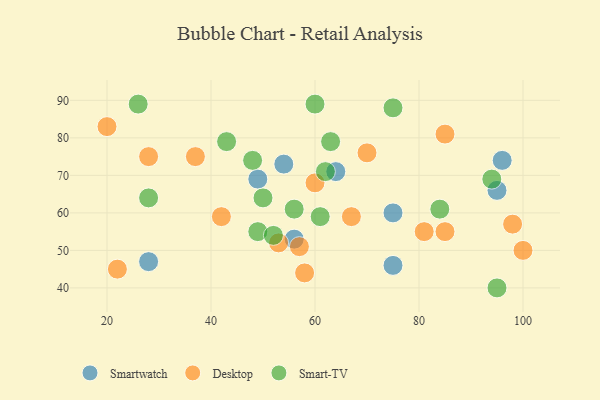
{"axis": {"x": "GDP", "y": "Life Expectancy"}, "legend": ["Desktop", "Smart-TV", "Smartwatch"], "data": [{"x": "64", "y": 71, "type": "Smartwatch"}, {"x": "49", "y": 69, "type": "Smartwatch"}, {"x": "28", "y": 47, "type": "Smartwatch"}, {"x": "95", "y": 66, "type": "Smartwatch"}, {"x": "56", "y": 53, "type": "Smartwatch"}, {"x": "96", "y": 74, "type": "Smartwatch"}, {"x": "75", "y": 46, "type": "Smartwatch"}, {"x": "54", "y": 73, "type": "Smartwatch"}, {"x": "75", "y": 60, "type": "Smartwatch"}, {"x": "22", "y": 45, "type": "Desktop"}, {"x": "37", "y": 75, "type": "Desktop"}, {"x": "60", "y": 68, "type": "Desktop"}, {"x": "53", "y": 52, "type": "Desktop"}, {"x": "100", "y": 50, "type": "Desktop"}, {"x": "85", "y": 55, "type": "Desktop"}, {"x": "70", "y": 76, "type": "Desktop"}, {"x": "98", "y": 57, "type": "Desktop"}, {"x": "85", "y": 81, "type": "Desktop"}, {"x": "58", "y": 44, "type": "Desktop"}, {"x": "67", "y": 59, "type": "Desktop"}, {"x": "28", "y": 75, "type": "Desktop"}, {"x": "42", "y": 59, "type": "Desktop"}, {"x": "57", "y": 51, "type": "Desktop"}, {"x": "20", "y": 83, "type": "Desktop"}, {"x": "81", "y": 55, "type": "Desktop"}, {"x": "60", "y": 89, "type": "Smart-TV"}, {"x": "61", "y": 59, "type": "Smart-TV"}, {"x": "63", "y": 79, "type": "Smart-TV"}, {"x": "28", "y": 64, "type": "Smart-TV"}, {"x": "50", "y": 64, "type": "Smart-TV"}, {"x": "49", "y": 55, "type": "Smart-TV"}, {"x": "62", "y": 71, "type": "Smart-TV"}, {"x": "48", "y": 74, "type": "Smart-TV"}, {"x": "52", "y": 54, "type": "Smart-TV"}, {"x": "26", "y": 89, "type": "Smart-TV"}, {"x": "43", "y": 79, "type": "Smart-TV"}, {"x": "84", "y": 61, "type": "Smart-TV"}, {"x": "56", "y": 61, "type": "Smart-TV"}, {"x": "75", "y": 88, "type": "Smart-TV"}, {"x": "94", "y": 69, "type": "Smart-TV"}, {"x": "95", "y": 40, "type": "Smart-TV"}]}